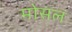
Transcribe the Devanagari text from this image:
मोसल